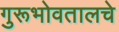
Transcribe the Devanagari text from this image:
गुरूभोवतालचे